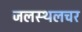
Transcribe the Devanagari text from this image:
जलस्थलचर